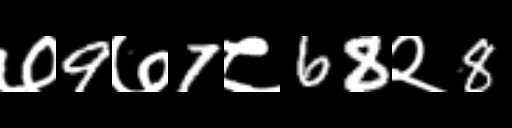
Text: ७9७7८68२8